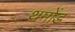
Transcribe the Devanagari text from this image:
थमोंड